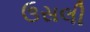
ઉસલી